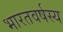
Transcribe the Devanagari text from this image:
भारतवर्षस्य